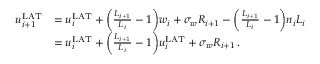
\begin{array} { r l } { u _ { i + 1 } ^ { \mathrm { L A T } } } & { = u _ { i } ^ { \mathrm { L A T } } + \bigg ( \frac { L _ { i + 1 } } { L _ { i } } - 1 \bigg ) w _ { i } + \sigma _ { w } R _ { i + 1 } - \bigg ( \frac { L _ { i + 1 } } { L _ { i } } - 1 \bigg ) n _ { i } L _ { i } } \\ & { = u _ { i } ^ { \mathrm { L A T } } + \bigg ( \frac { L _ { i + 1 } } { L _ { i } } - 1 \bigg ) u _ { i } ^ { \mathrm { L A T } } + \sigma _ { w } R _ { i + 1 } \, . } \end{array}